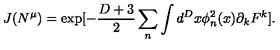
J ( N ^ { \mu } ) = \exp [ - \frac { D + 3 } { 2 } \sum _ { n } \int d ^ { D } x \phi _ { n } ^ { 2 } ( x ) \partial _ { k } F ^ { k } ] .